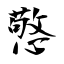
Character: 憼